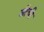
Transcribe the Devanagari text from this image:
जीची